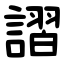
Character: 謵